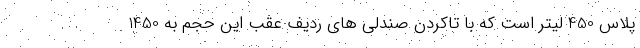
پلاس 450 لیتر است که با تاکردن صندلی های ردیف عقب این حجم به 1450